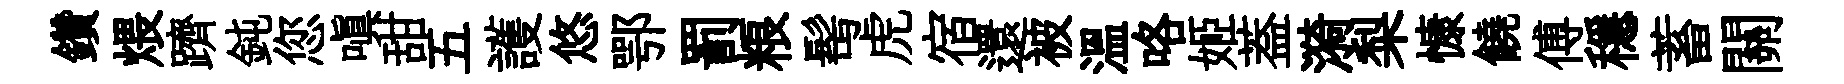
鑽煨躋鈍您嗔甜五護悠鄂罰粮髩虎宿還被溫咯姬葢漪梨慷饒傅穩蓄關